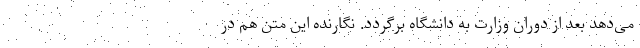
می‌دهد بعد از دوران وزارت به دانشگاه برگردد. نگارنده این متن هم در